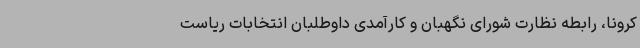
کرونا، رابطه نظارت شورای نگهبان و کارآمدی داوطلبان انتخابات ریاست